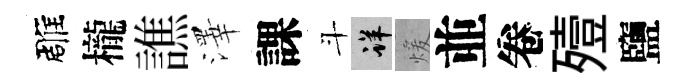
雕櫳譙澤課斗详煖並卷殪鹽